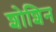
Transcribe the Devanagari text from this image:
शोशिन